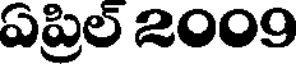
ఏప్రిల్ 2009